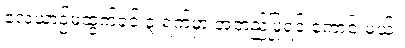
လေယာဉ်မထွက်ခင် ၃ ရက်မှာ အတည်ပြုရင် ကောင်းမယ်။